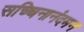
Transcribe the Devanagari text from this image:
सच्चिनानंदमन